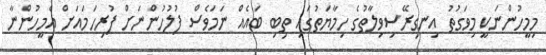
މިމީހުންނަކީ މިވަގުތު އިނގިރޭސިވިލާތުގެ ހިމާޔަތުގައި ތިބި ބައެއް ނަމަވެސް ފުލުހުންނަށް ފުރިހަމައަށް އެމީހުންނާ